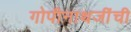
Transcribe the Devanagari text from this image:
गोपीनाथजींची